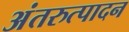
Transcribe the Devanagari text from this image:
अंतरुत्पादन